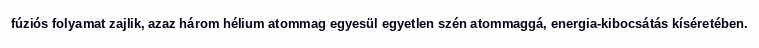
fúziós folyamat zajlik, azaz három hélium atommag egyesül egyetlen szén atommaggá, energia-kibocsátás kíséretében.